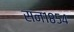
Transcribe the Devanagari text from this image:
सन१८५४